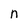
Character: n